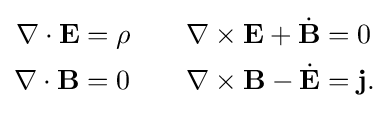
{\begin{aligned}\nabla \cdot \mathbf {E} &=\rho \quad &\nabla \times \mathbf {E} +{\dot {\mathbf {B} }}&=0\\\nabla \cdot \mathbf {B} &=0\quad &\nabla \times \mathbf {B} -{\dot {\mathbf {E} }}&=\mathbf {j} .\end{aligned}}